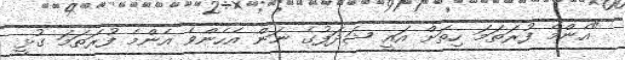
"އެންމެ ފުރަތަމަ ހިތަށް އައީ ޝަދަފުގެ ނަން އެހެންވެ އެންމެ ފުރަތަމަ ގުޅީ